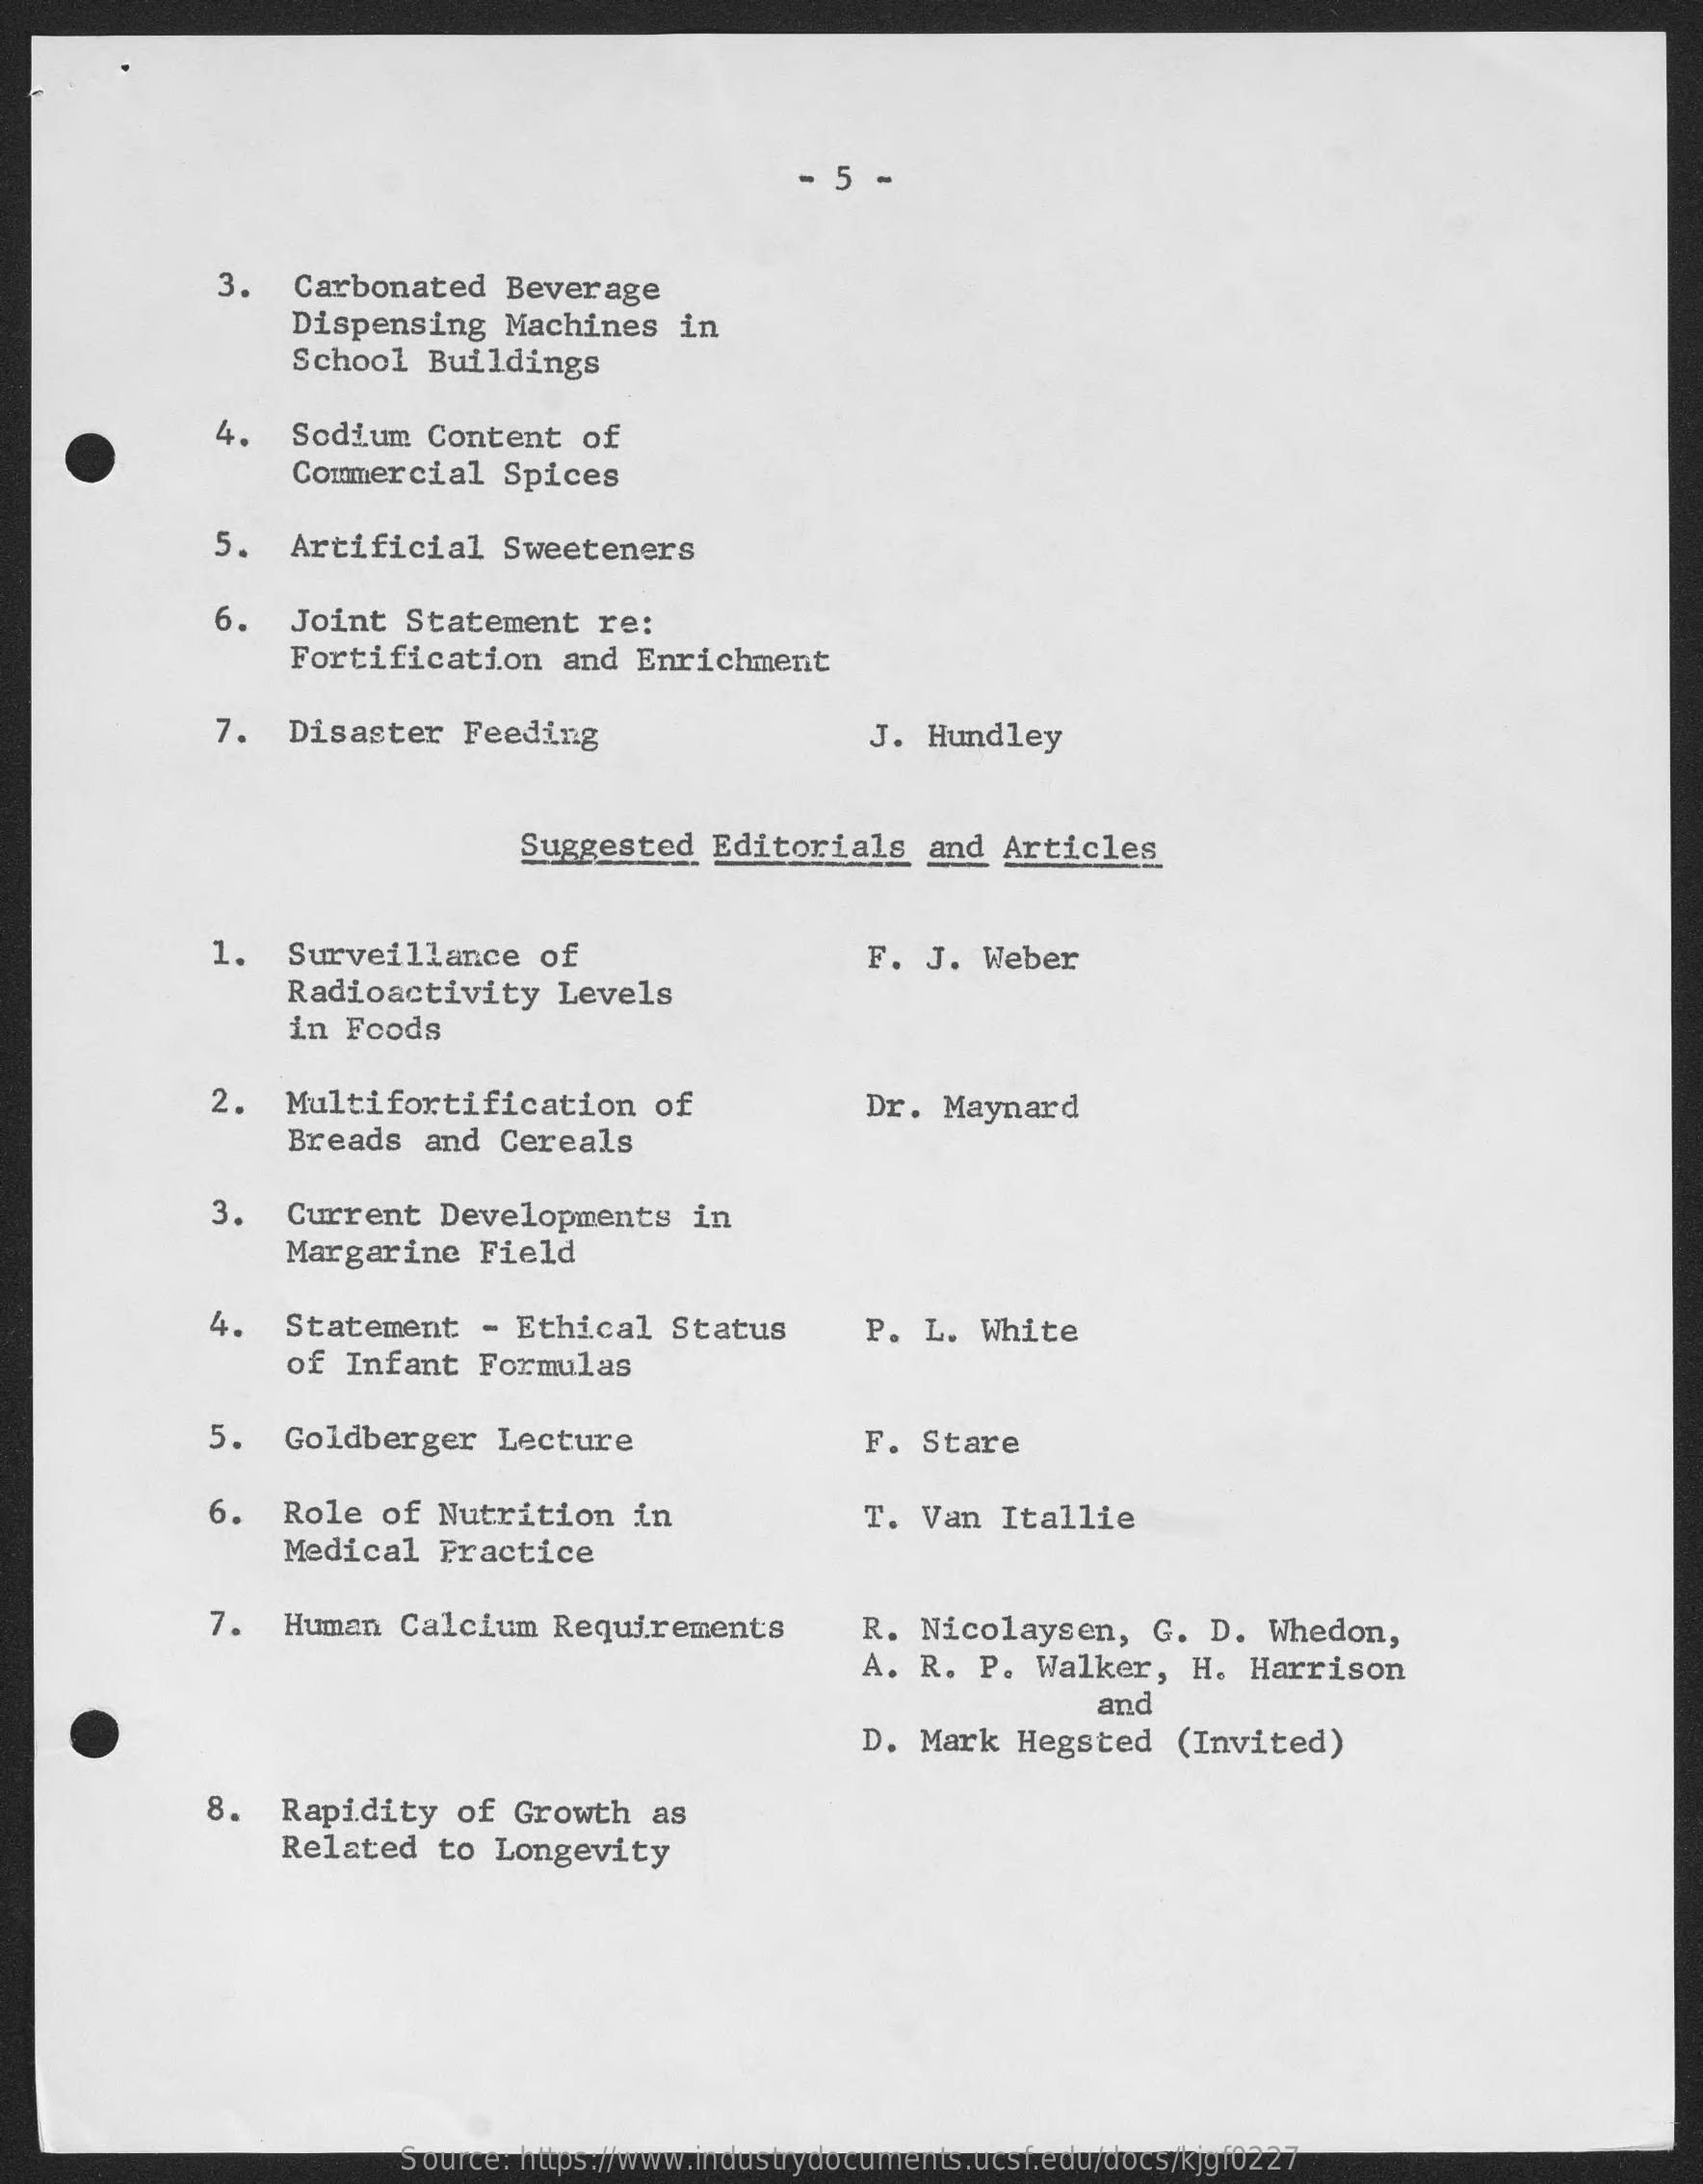
5  -
     3.   Carbonated   Beverage
     Dispensing    Machines    in
     School   Buildings
     4.   Sodium   Content   of
     Commercial   Spices
     5.   Artificial    Sweeteners
     6.   Joint   Statement   re:
     Fortification    and  Enrichment
     7.   Disaster   Feeding    J.  Hundley
     Suggested    Editorials    and  Articles
     1.   Surveillance    of    F.  J. Weber
     Radioactivity    Levels
     in Foods
     2.   Multifortification    of    Dr.  Maynard
     Breads   and  Cereals
     3.   Current   Developments    in
     Margarine   Field
     4.   Statement    - Ethical   Status    P. L.  White
     of  Infant  Formulas
     5.  Goldberger    Lecture    F. Stare
     6.  Role   of Nutrition    in    T. Van  Itallie
     Medical   Practice
     7.  Human   Calcium   Requirements    R. Nicolaysen,    G. D.  Whedon,
     A. R.  P.  Walker,   H.  Harrison
     and
     D. Mark   Hegsted   (Invited)
     8.  Rapidity    of  Growth   as
     Related   to Longevity
     Source: https://www.industrydocuments.ucsf.edu/docs/kjgf0227